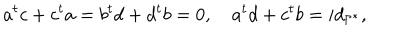
a ^ { t } c + c ^ { t } a = b ^ { t } d + d ^ { t } b = 0 , \quad a ^ { t } d + c ^ { t } b = i d _ { \Gamma ^ { * } } ,